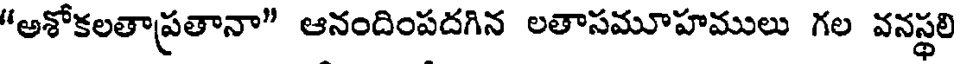
"అశోకలతాప్రతానా" ఆనందింపదగిన లతాసమూహములు గల వనస్థలి